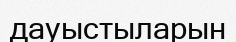
дауыстыларын